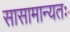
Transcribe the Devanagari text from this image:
सासामान्यतः